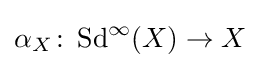
\alpha _{X}\colon \operatorname {Sd} ^{\infty }(X)\rightarrow X